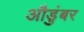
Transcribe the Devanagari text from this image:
औडुंबर